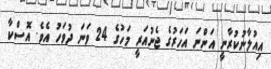
އިއުލާނުކުރާނީ އަންނަ އަހަރުގެ ޖެނުއަރީ މަހުގެ 24 ވަނަ ދުވަހު އެވެ. އޮސްކާ